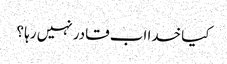
کیا خدا اب قادر نہیں رہا ؟